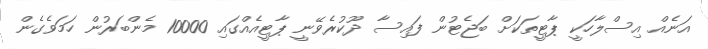
އަނެއް އިސްލާހަކީ ޕާޓީތަކަށް ބަޖެޓުން ފައިސާ ދޫކުރެވޭނީ ޕާޓީއެއްގައި 10000 މެންބަރުން ހަމަވެގެން